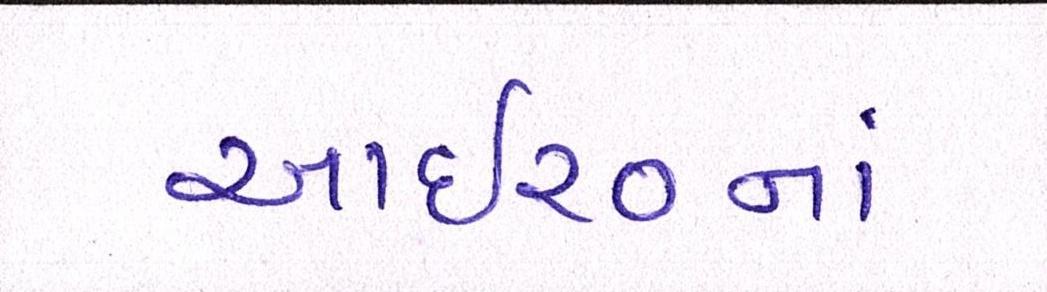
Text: આઇ૨૦નાં